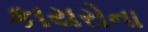
કાયરોના